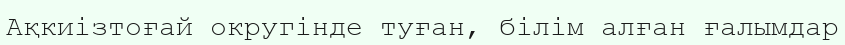
Ақкиізтоғай округінде туған, білім алған ғалымдар